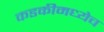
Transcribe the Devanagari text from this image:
कडकीमध्येच